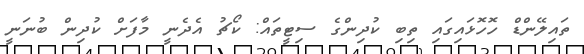
ތައިލޭންޑް ހޮހޮޅައިގައި ތިބި ކުދިންގެ ސިޓީތައް: ކޯޗު އެދެނީ މާފަށް ކުދިން ބުނަނީ